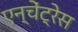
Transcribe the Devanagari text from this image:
एन्चेंट्रेस